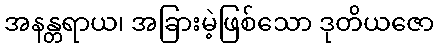
အနန္တရာယ၊ အခြားမဲ့ဖြစ်သော ဒုတိယဇော